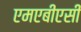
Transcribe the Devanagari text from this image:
एमएबीएसी